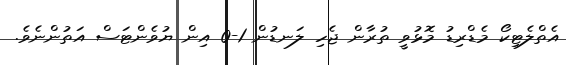
އެތްލެޓިކޯ މެޑްރިޑު މޮޅުވީ ތުރާން ޖެހި ލަނޑުން 1-0 އިން ޔުވެންޓަސް އަތުންނެވެ.